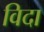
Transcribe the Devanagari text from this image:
विदा